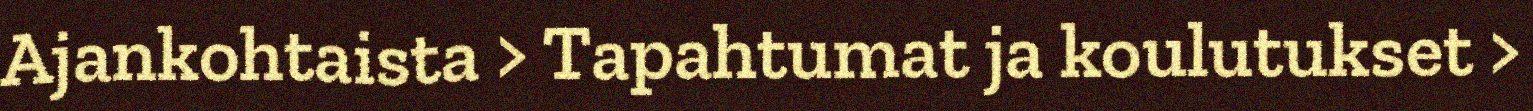
Ajankohtaista > Tapahtumat ja koulutukset >